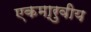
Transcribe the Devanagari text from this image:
एकमा्रुवीय